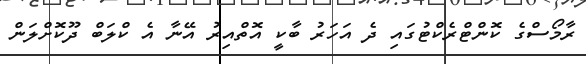
ރާމޯސްގެ ކޮންޓްރެކްޓުގައި ދެ އަހަރު ބާކީ އޮތްއިރު އޭނާ އެ ކްލަބް ދޫކޮށްލަން